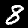
Digit: 8